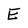
Character: E